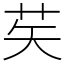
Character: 䒨